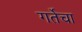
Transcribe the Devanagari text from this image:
गर्तेचा